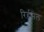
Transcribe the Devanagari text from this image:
रिर्हसल